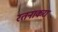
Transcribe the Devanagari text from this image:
रतनाकरा